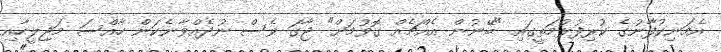
އެމަނިކުފާނުގެ ކުރިފުޅުމަތީގައި "ބޭނުން އެއްޗެއް ގޮވުމަށް" ޖާގަ ވެސް ނުދެއްވާނެކަން ހާއްސަ މަޖިލީހާއި